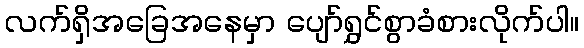
လက်ရှိအခြေအနေမှာ ပျော်ရွှင်စွာခံစားလိုက်ပါ။